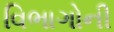
વિભાગોની